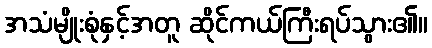
အသံမျိုးစုံနှင့်အတူ ဆိုင်ကယ်ကြီးရပ်သွား၏။